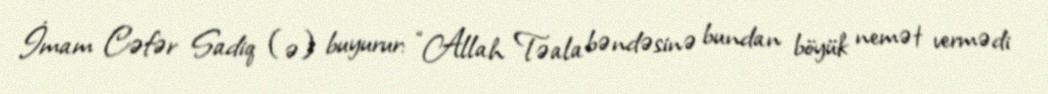
İmam Cəfər Sadiq (ə) buyurur: “Allah Təala bəndəsinə bundan böyük nemət vermədi